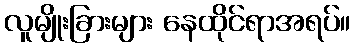
လူမျိုးခြားများ နေထိုင်ရာအရပ်။